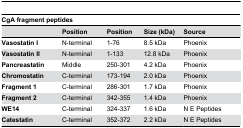
<table><thead><tr><td colspan="6"><b>CgA fragment peptides</b></td></tr><tr><td></td><td><b>Position</b></td><td><b>Position</b></td><td><b>Size (kDa)</b></td><td><b>Source</b></td><td></td></tr></thead><tbody><tr><td><b>Vasostatin I</b></td><td>N-terminal</td><td> 1-76</td><td> 8.5 kDa</td><td> Phoenix</td><td></td></tr><tr><td><b>Vasostatin II</b></td><td>N-terminal</td><td> 1-133</td><td> 12.8 kDa</td><td> Phoenix</td><td></td></tr><tr><td><b>Pancreastatin</b></td><td>Middle</td><td> 250-301</td><td> 4.2 kDa</td><td> Phoenix</td><td></td></tr><tr><td><b>Chromostatin</b></td><td>C-terminal</td><td> 173-194</td><td> 2.0 kDa</td><td> Phoenix</td><td></td></tr><tr><td><b>Fragment 1</b></td><td>C-terminal</td><td> 286-301</td><td> 1.7 kDa</td><td> Phoenix</td><td></td></tr><tr><td><b>Fragment 2</b></td><td>C-terminal</td><td> 342-355</td><td> 1.4 kDa</td><td> Phoenix</td><td></td></tr><tr><td><b>WE14</b></td><td>C-terminal</td><td> 324-337</td><td> 1.6 kDa</td><td>N E Peptides</td><td></td></tr><tr><td><b>Catestatin</b></td><td>C-terminal</td><td> 352-372</td><td> 2.2 kDa</td><td>N E Peptides</td><td></td></tr></tbody></table>